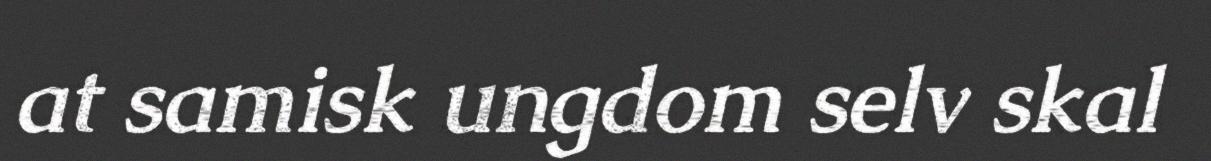
at samisk ungdom selv skal